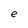
Character: e